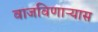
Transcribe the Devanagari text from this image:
वाजविणाऱ्यास